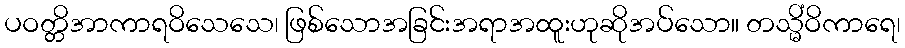
ပဝတ္တိအာကာရဝိသေသေ၊ ဖြစ်သောအခြင်းအရာအထူးဟုဆိုအပ်သော။ တသ္မိံဝိကာရေ၊